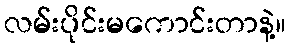
လမ်းပိုင်းမကောင်းတာနဲ့။